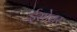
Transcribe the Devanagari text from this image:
ईसोत्तर